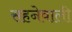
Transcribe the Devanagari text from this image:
सहनेवाली